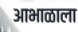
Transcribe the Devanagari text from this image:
आभाळाला